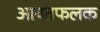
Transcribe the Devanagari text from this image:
आयतफलक